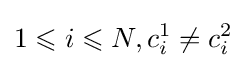
1\leqslant i\leqslant N,c_{i}^{1}\neq c_{i}^{2}